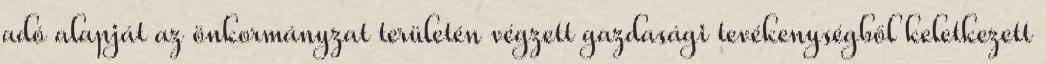
adó alapját az önkormányzat területén végzett gazdasági tevékenységből keletkezett